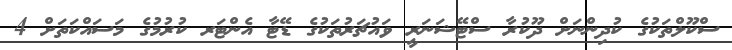
ސްކޫލްތަކުގެ ކުދިންނަށް ދޫކުރާ ސްޓޭޝަނަރީ ވައުޗަރުތަކުގެ ޑޭޓާ އެންޓަރ ކުރުމުގެ މަސައްކަތަށް 4